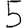
Digit: 5